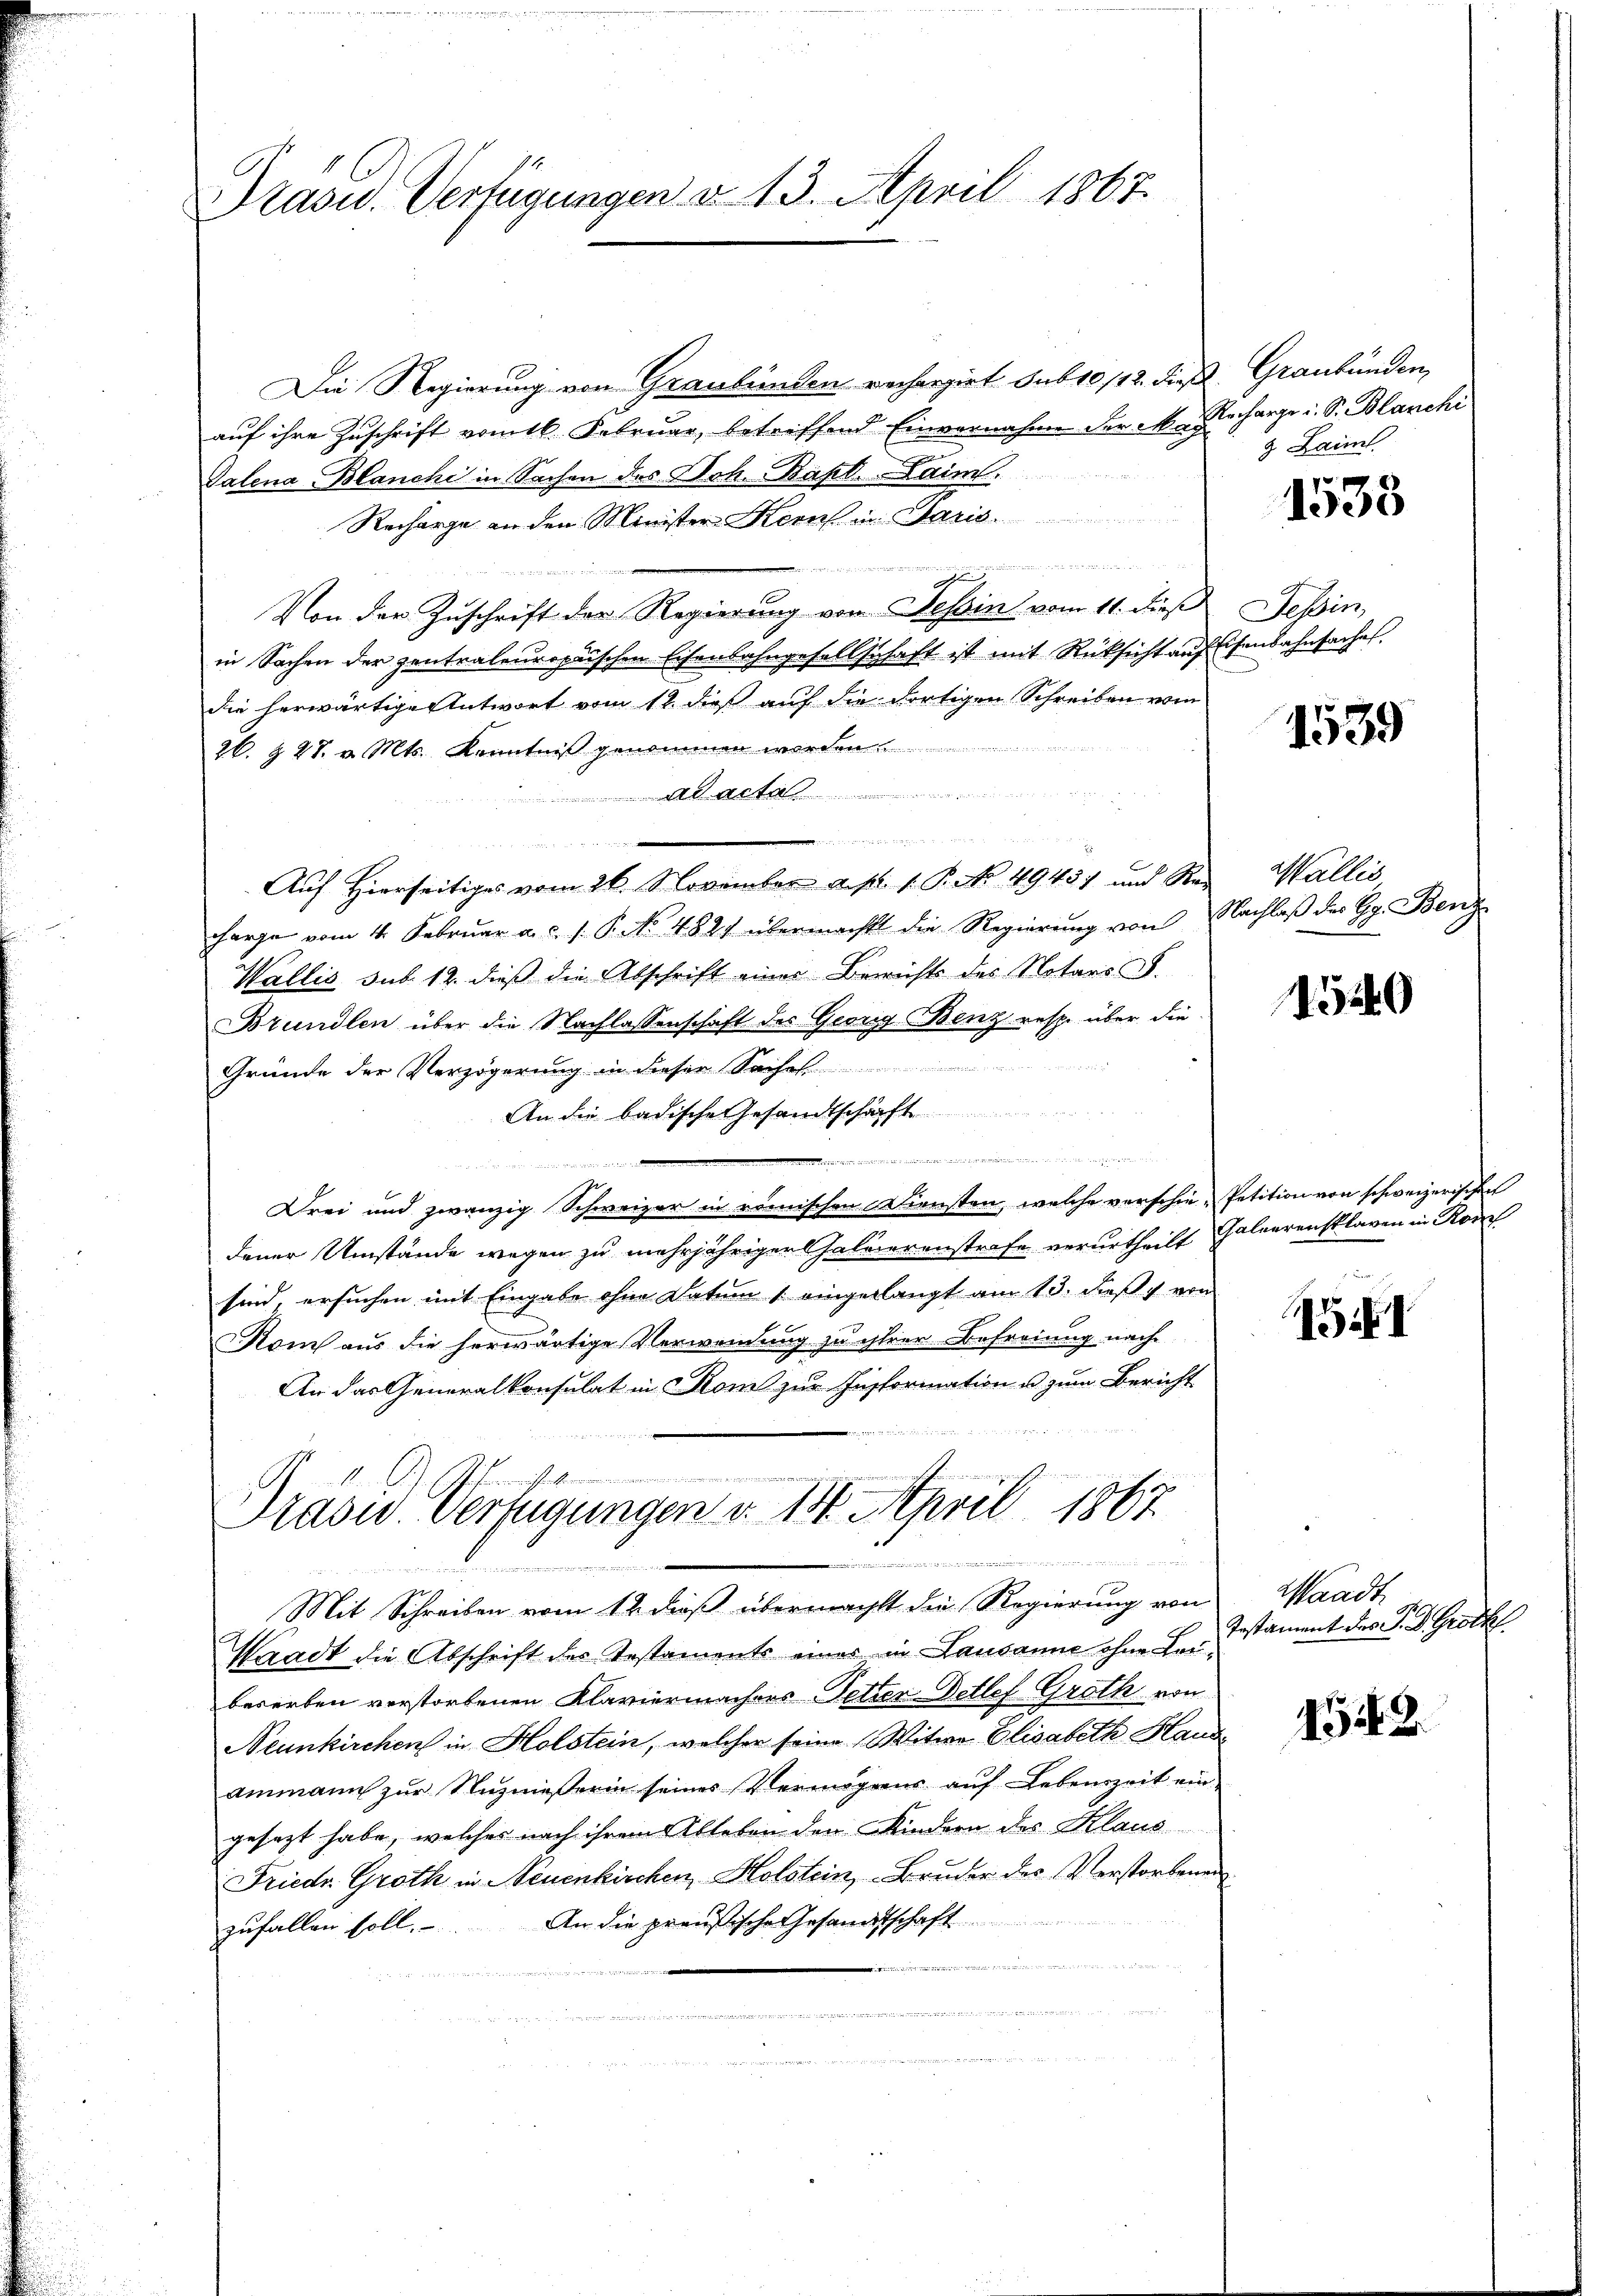
Prasid. Verfügungen v. 13. April 1867.

Die Regierung von Graubünden rechargirt sub 10 1/12. dieß Graubünden,
auf ihre Zuschrift vom 16. Februar, betreffend Einvernahme der in Recharge u. S. Blanchi
.
Talena Blanche in Sachen des Sch. Bapt. Laim.
Recharge an den Minister Kern in Paris.

Von der Zuschrift der Regierung von Tessin vom 11. dieß
in Sachen der zentralenropischen Eisenbahngesellschaft ist mit Rücksicht auf
die herwärtige Antwort vom 12. dieß auf die dortigen Schreiben vom
26. & 27. v. Mts. Kenntniß genommen worden.
t

Auf Hierseitiges vom 26. November a. p. 1. P. Nr. 4945) und Sei Wallis
charge vom 4. Febrŭar a. c. s. P. No. 4821 übermacht die Regierŭng von Nachlaβ der Gr. Benz
Wallis sub. 12. dieß die Abschrift eines Berichts des Notars S.
Brundlen über die Nachlassenschaft des Georg Benz resp. über die
Gründe der Verzögerung in dieser S
An die badische Gesandtschäft

wenn die eine
Drei und zwanzig Schweizer in römischen Diensten, welche verschie-Petition von schweizerischen
dener Umstände wegen zu mehrjähriger Chaluierenstrafe verurtheilt Galeerensklaven in Kon
sind, ersuchen mit Eingabe ohne Datum (eingerlangt am 13. dieß von
om aus die herwärtige Verwendung zu ihrer Befreiung nach
An das Generalkonsulat in Krone zur Insformation u zum Bericht
iinen einen
Prasw. Verfügungen v. 14. April 1867
e
.
B
e
Mit Schreiben vom 12. daß übermacht die Regierung von
Waadt die Abschrift des Testaments einer in Lausanne ohne Leubewerben verstorbenen Klaviermachers Tetter Betlef Groth von
Neunkirchen in Holstein, welcher seine Witwe Elisabeth Haus
ammann zur Nutznießerin seines Vermögens auf Lebenszeit eingesezt habe, welches nach ihrem Ableben den Kindern des Klaus
Friedr. Groth in Neuenkirchen, Holstein, Bruder des Verstorbenen
zufallen soll. An die preußische Gesandtschaft

i
 e n

3 Laiml.

1538

Tessin,
Eisenbahnsachen.

1539

150

5

Waadt
Testament des P. Dr. Groth

1549